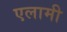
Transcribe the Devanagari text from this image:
एलामी